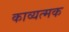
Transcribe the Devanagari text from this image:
काव्यत्मक